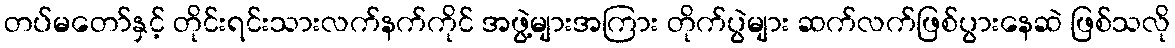
တပ်မတော်နှင့် တိုင်းရင်းသားလက်နက်ကိုင် အဖွဲ့များအကြား တိုက်ပွဲများ ဆက်လက်ဖြစ်ပွားနေဆဲ ဖြစ်သလို